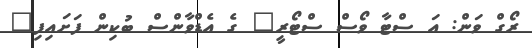
ރޯގް ވަން: އަ ސްޓާ ވޯސް ސްޓޯރީ" ގެ އެޑްވާންސް ބުކިން ފަށައިފި"